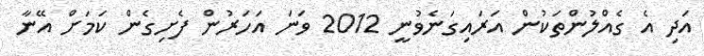
އަދި އެ ގެއްލުންތަކުން އަރައިގަނެވުނީ 2012 ވަނަ އަހަރުން ފެށިގެން ކަމަށް އޭނާ